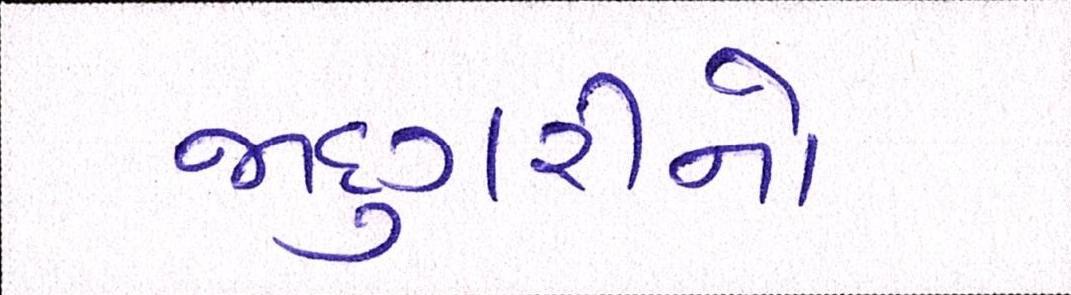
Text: જાદુગરીનો